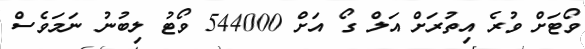
ވޯޓަށް ވުރެ އިތުރަށް އަލް ގޯ އަށް 544000 ވޯޓު ލިބުނު ނަމަވެސް